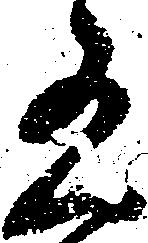
有